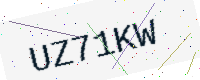
Text: UZ71KW